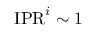
\mathrm { { I P R } } ^ { i } \sim 1